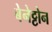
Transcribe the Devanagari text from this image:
बेनेट्टोन